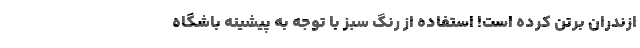
ازندران برتن کرده است! استفاده از رنگ سبز با توجه به پیشینه باشگاه